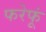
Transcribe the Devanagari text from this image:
फरेफूं